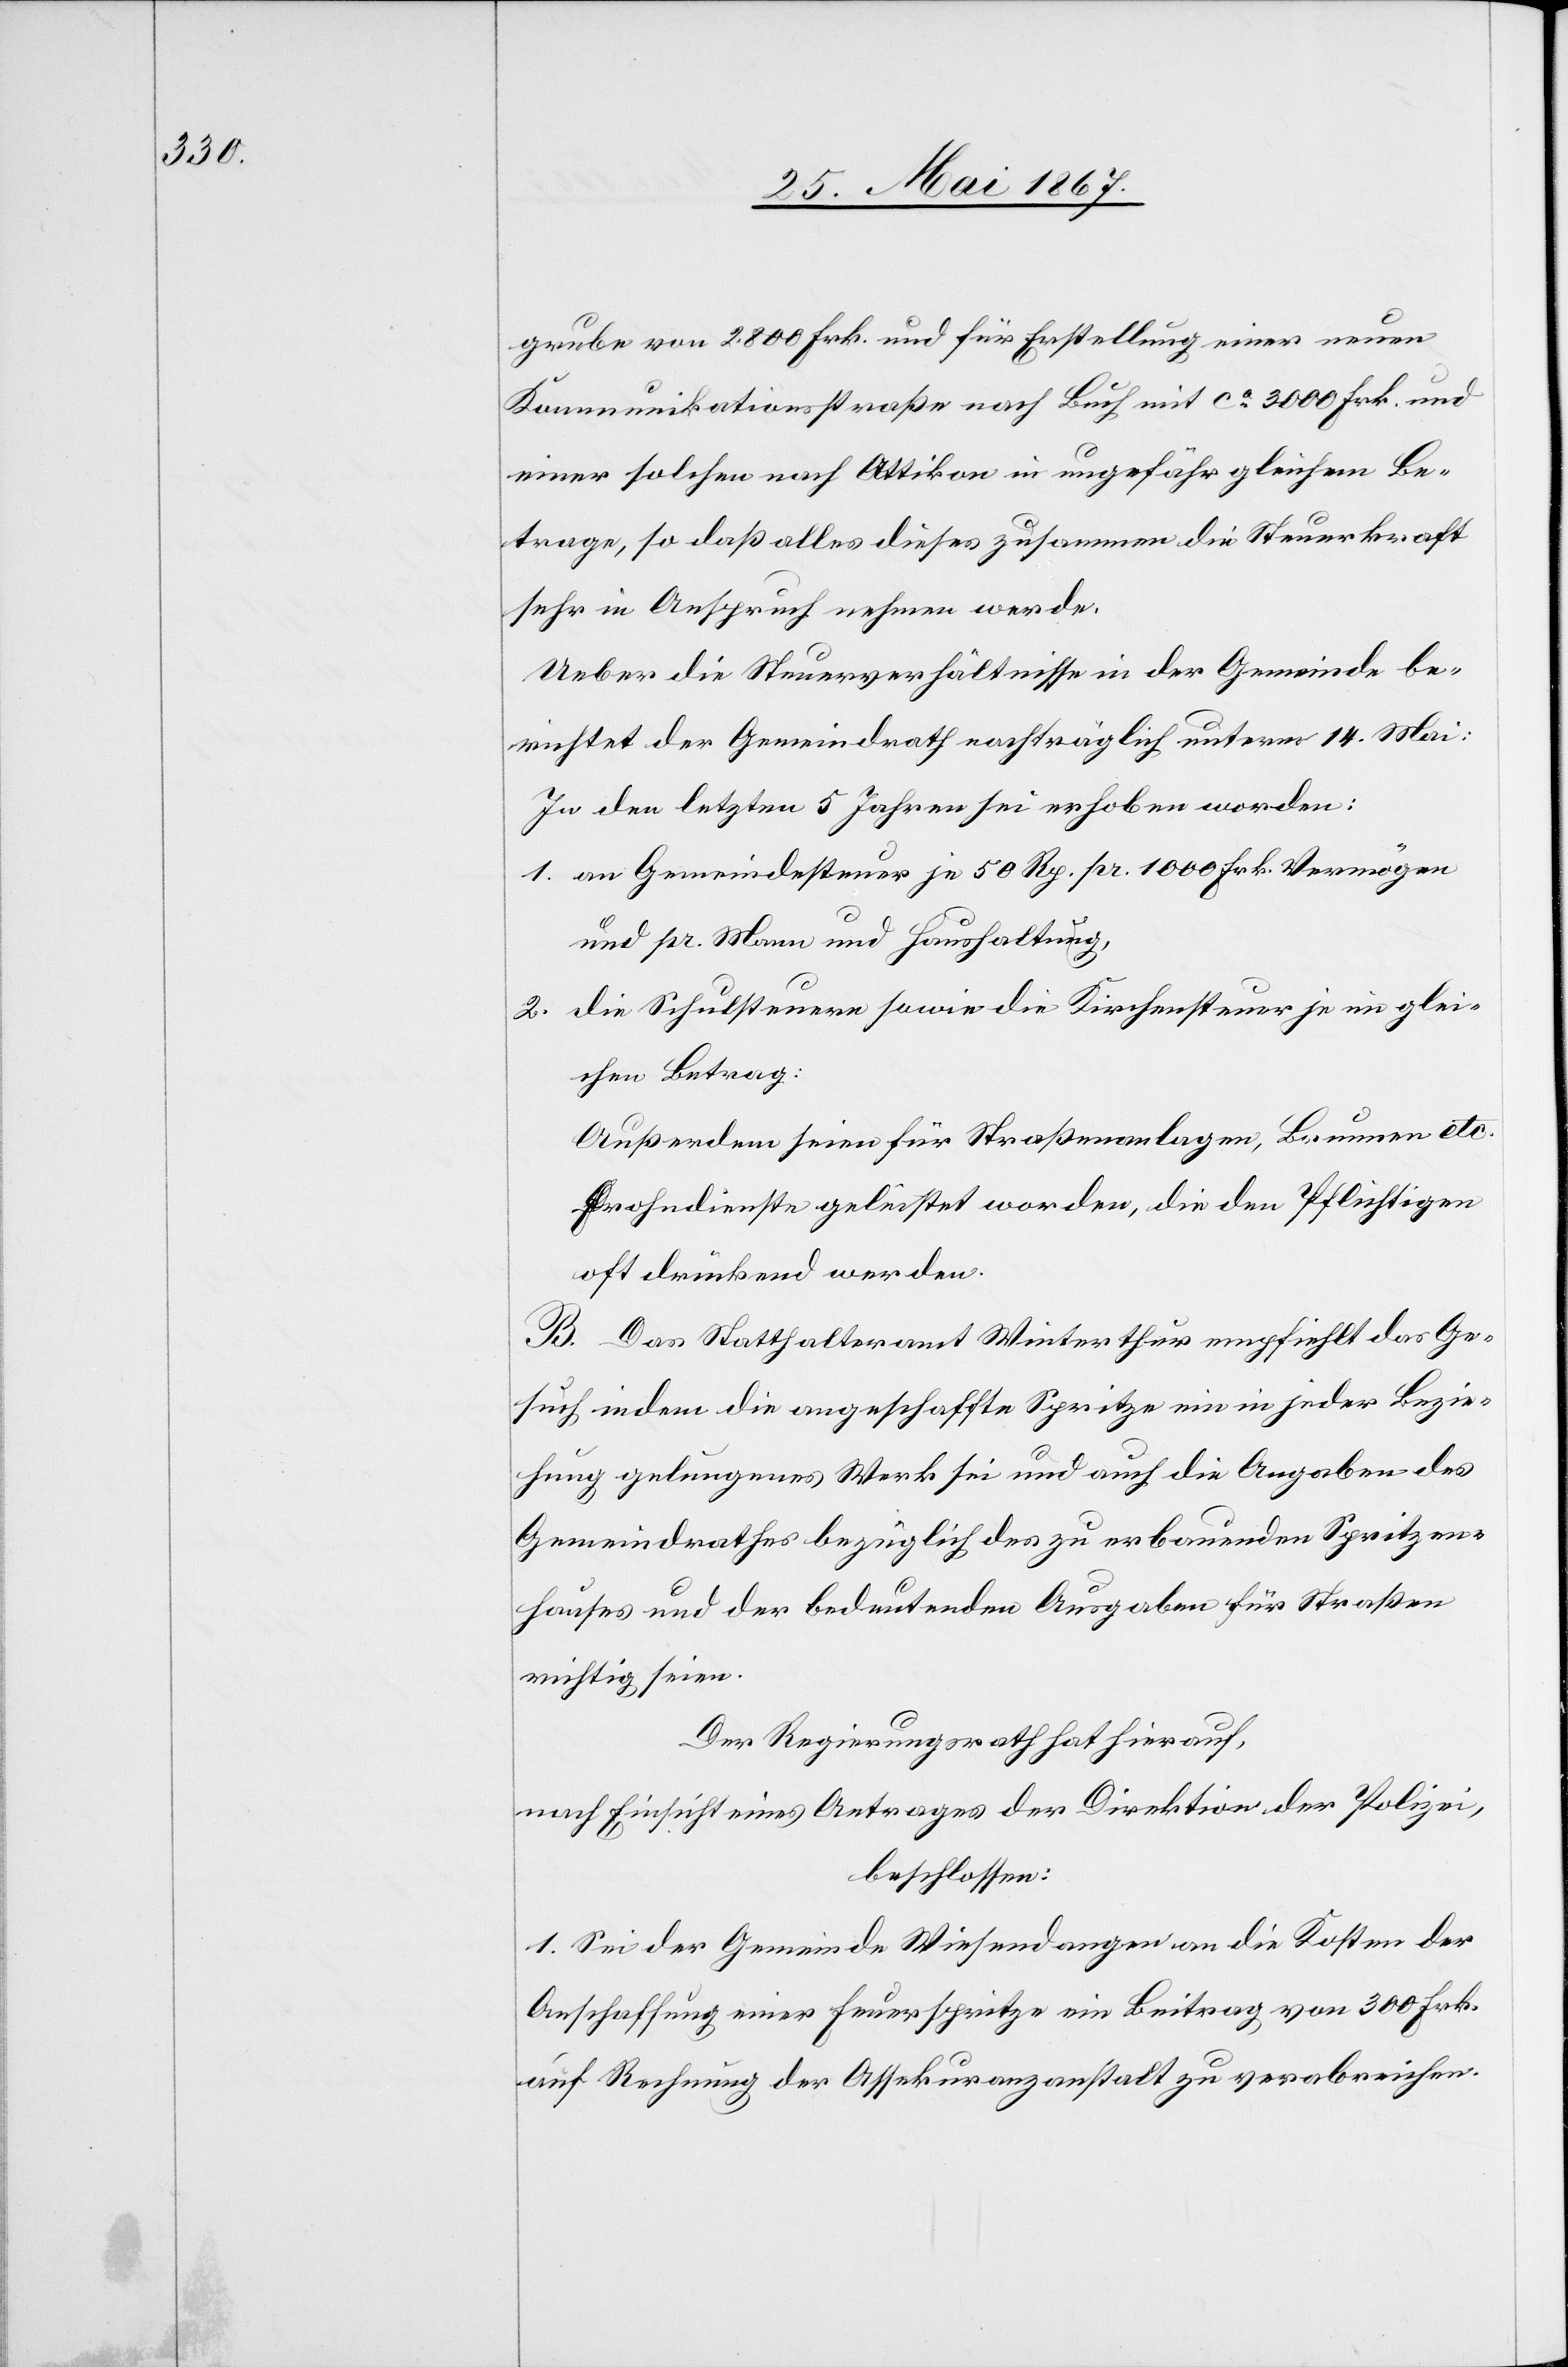
grube von 2.800 Frk. und für Erstellung einer neuen
Kommunikationsstraße nach Buch mit ca. 3000 Frk. und
einer solchen nach Attikon in ungefähr gleichem Be¬
trage, so daß alles dieses zusammen die Steuerkraft
sehr in Anspruch nehmen werde.
Ueber die Steuerverhältnisse in der Gemeinde be¬
richtet der Gemeindrath nachträglich unterm 14. Mai:
In den letzten 5 Jahren sei erhoben worden:
1.	an Gemeindesteuer je 50 Rp. pr. 1000 Frk. Vermögen
und pr. Mann und Haushaltung,
2.	die Schulsteuer sowie die Kirchensteuer je im glei¬
chen Betrag:
Außerdem seien für Straßenanlagen, Brunnen etc.
Frohndienste geleistet worden, die den Pflichtigen
oft drückend werden.
B. Das Statthalteramt Winterthur empfiehlt das Ge¬
such indem die angeschaffte Spritze ein in jeder Bezie¬
hung gelungenes Werk sei und auch die Angaben des
Gemeindrathes bezüglich des zu erbauenden Spritzen¬
hauses und der bedeutenden Ausgaben für Straßen
wichtig seien.
Der Regierungsrath hat hierauf,
nach Einsicht eines Antrages der Direktion der Polizei,
beschlossen:
1. Sei der Gemeinde Wiesendangen an die Kosten der
Anschaffung einer Feuerspritze ein Beitrag von 300 Frk.
auf Rechnung der Assekuranzanstalt zu verabreichen.